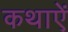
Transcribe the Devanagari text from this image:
कथाऐं